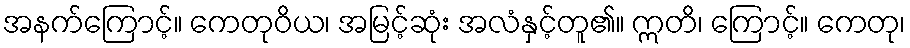
အနက်ကြောင့်။ ကေတုဝိယ၊ အမြင့်ဆုံး အလံနှင့်တူ၏။ ဣတိ၊ ကြောင့်။ ကေတု၊